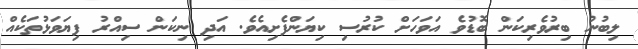
ލިބުނު ބިރުވެރިކަން ބޮޑުވެ އަވަހަށް ކުރުސި ކިޔަންފެށިއެވެ. އަދި ނިކަން ސިއްރު ފިޔަވަޅުތަކެއް